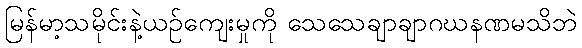
မြန်မာ့သမိုင်းနဲ့ယဉ်ကျေးမှုကို သေသေချာချာဂဃနဏမသိဘဲ